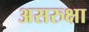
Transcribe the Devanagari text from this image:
असरुक्षा